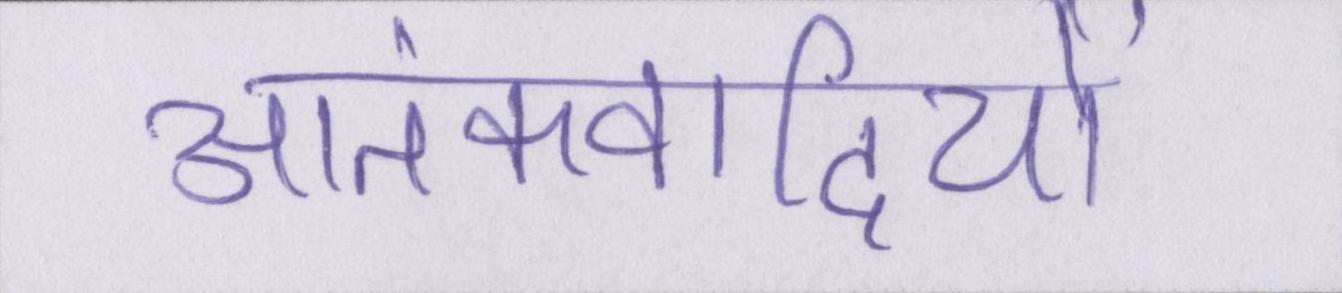
आतंकवादियों